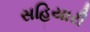
સહિયારી